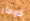
كومار